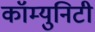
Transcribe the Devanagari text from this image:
कॉम्युनिटी